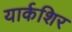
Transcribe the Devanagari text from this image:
यार्कशिर